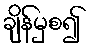
ချိန်မှစ၍